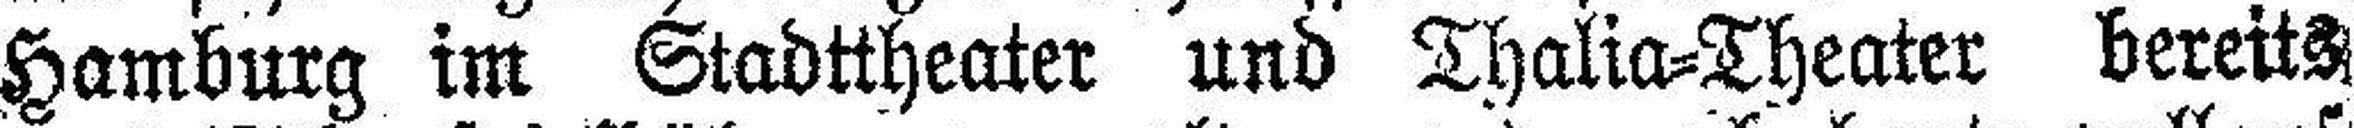
Hamburg im Stadttheater und Thalia=Theater bereits